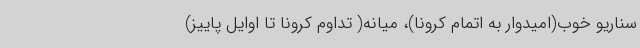
سناریو خوب(امیدوار به اتمام کرونا)، میانه( تداوم کرونا تا اوایل پاییز)